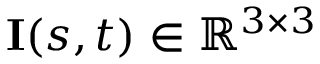
\mathbf { I } ( s , t ) \in \mathbb { R } ^ { 3 \times 3 }